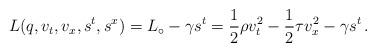
LaTeX: \begin{align*} L(q, v_t, v_x, s^t, s^x) = L_\circ - \gamma s^t = \frac{1}{2}\rho v_t^2 - \frac{1}{2}\tau v_x^2 - \gamma s^t\,. \end{align*}